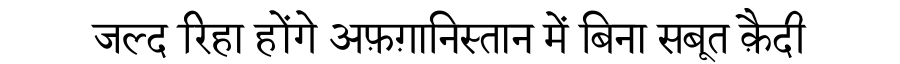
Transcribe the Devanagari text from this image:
जल्द रिहा होंगे अफ़ग़ानिस्तान में बिना सबूत क़ैदी